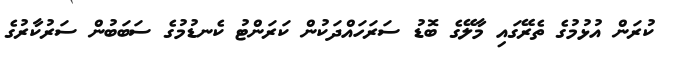
ކުރަން އުޅުމުގެ ތެރޭގައި މާލޭގެ ބޮޑު ސަރަހައްދަކުން ކަރަންޓު ކެނޑުމުގެ ސަބަބުން ސަރުކާރުގެ